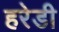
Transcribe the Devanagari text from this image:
हरेडी